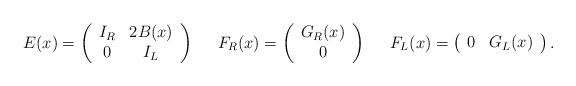
LaTeX: \begin{align*}E(x) = \left( \begin{array}{cc} I_R & 2B(x) \\ 0 & I_L \end{array} \right) \;\;\;\;\; F_R(x) = \left( \begin{array}{c} G_R(x) \\ 0 \end{array} \right) \;\;\;\;\; F_L(x) = \left( \begin{array}{cc} 0 & G_L(x) \end{array} \right). \end{align*}